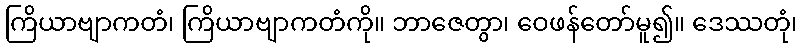
ကြိယာဗျာကတံ၊ ကြိယာဗျာကတံကို။ ဘာဇေတွာ၊ ဝေဖန်တော်မူ၍။ ဒေဿတုံ၊